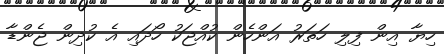
ހިޔާ އިން ފިލި ހަތަރު އަންހެން ކުއްޖަކު ހޯދައި އެ ކުދިން ޖެންޑާ